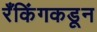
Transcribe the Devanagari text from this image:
रँकिंगकडून